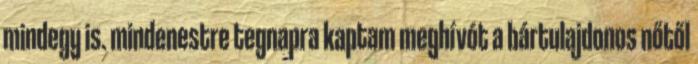
mindegy is. mindenestre tegnapra kaptam meghívót a bártulajdonos nőtől